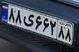
۸۸ی۶۶۲۸۸